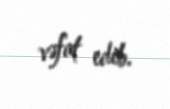
vəfat edib.